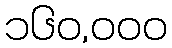
၁၆၀,၀၀၀